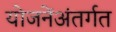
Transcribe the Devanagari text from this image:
योजनेंअंतर्गत